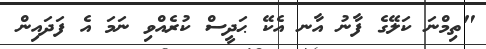
"ތިމްނަ ކަލޭގެ ފާނު އާނ އެކޭ ޙަދީސް ކުރެއްވި ނަމަ އެ ފަދައިން